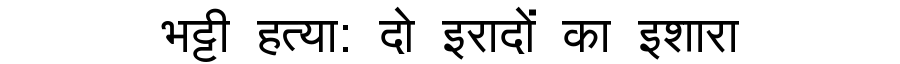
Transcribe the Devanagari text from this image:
भट्टी हत्या: दो इरादों का इशारा